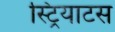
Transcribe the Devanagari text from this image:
स्ट्रियाटस